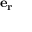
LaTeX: \mathbf { e _ { r } }